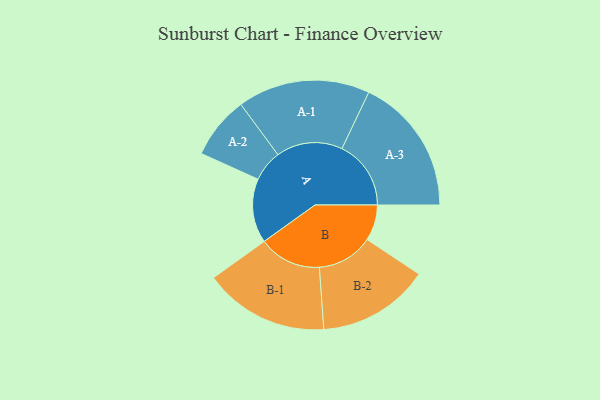
{"axis": {"x": "Segment", "y": "Value"}, "legend": ["", "A", "B"], "data": [{"x": "A", "y": 277, "type": ""}, {"x": "B", "y": 155, "type": ""}, {"x": "A-1", "y": 286, "type": "A"}, {"x": "A-2", "y": 135, "type": "A"}, {"x": "A-3", "y": 298, "type": "A"}, {"x": "B-1", "y": 270, "type": "B"}, {"x": "B-2", "y": 242, "type": "B"}]}